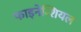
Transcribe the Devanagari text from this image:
फाइनेन्शियल